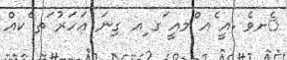
ެށވެ .އީ ެއ ްމއީ ަގ ިއ ގިނަ އަހަރު ަތ ެކއް